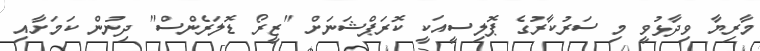
މާރިޔާ ވިދާޅުވީ މި ސަރުކާރުގެ ޕޮލިސީއަކީ ކޮރަޕްޝަނަށް "ޒީރޯ ޑޮލަރެންސް" ދިނުން ކަމަށާއި